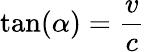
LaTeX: \tan(\alpha)={\frac{v}{c}}